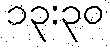
၁၃:၃၀